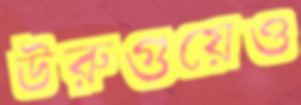
উরুগুয়েও